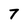
Character: 7